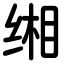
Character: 缃